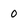
Character: 0